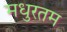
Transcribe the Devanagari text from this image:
मधुरतम